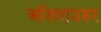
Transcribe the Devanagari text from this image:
ऑलराउडर